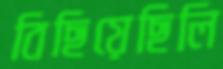
বিছিয়েছিলি